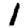
Digit: 1